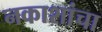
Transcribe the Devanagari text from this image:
नकाशांचा